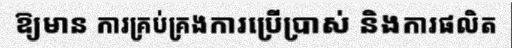
ឱ្យមាន ការគ្រប់គ្រងការប្រើប្រាស់ និងការផលិត